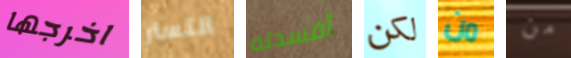
اخرجها التستر أفسدته لكن من من